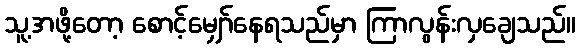
သူ့အဖို့တော့ စောင့်မျှော်နေရသည်မှာ ကြာလွန်းလှချေသည်။